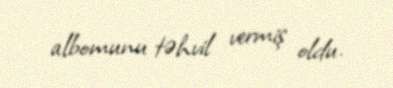
albomunu təhvil vermiş oldu.